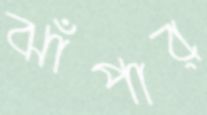
ঝাঁপার